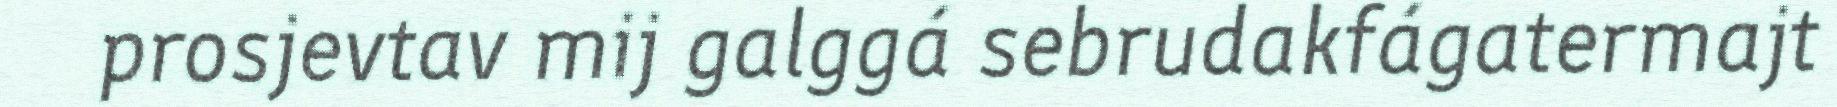
prosjevtav mij galggá sebrudakfágatermajt